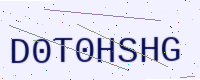
Text: D0T0HSHG